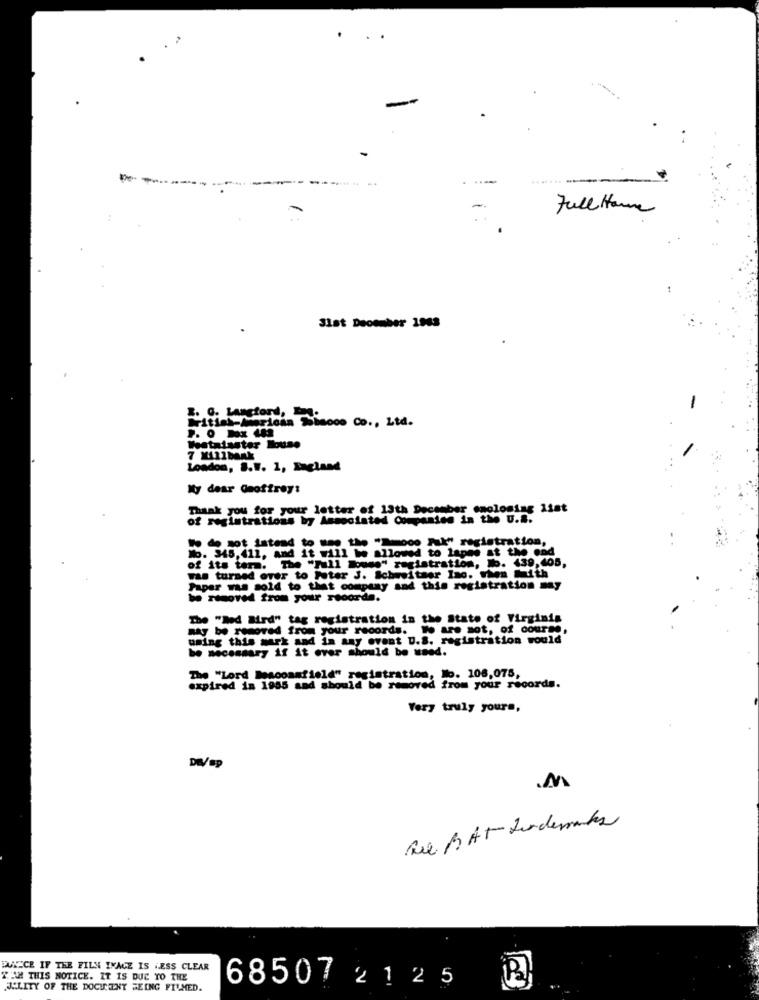
-
Full House
3lat December 1943
E. G. LANstory: 1000 Co ., Ltd.
Westminster House
London, S.W. 1, England
My dear Qnottrey:
Thank you for your letter of 13th December onolosing 13st
of registrations by Associated Companies in the U.a.
Io de sot istand to une the "Mode muk" registration,
Mo. 345, 411, and it will be allowed to lapes at the end
of its term. The "Full House" registration, bo. 439,405,
was turned over to Poter J. Schweitser Ino. when Mith
Paper was sold to that company and this registration muy
be removed from your records.
The "hod Mrd" tag registration in the State of Virginia
may be removed from your records. We are sot, of course,
using this work and in any event U.S. registration would
be necessary if it over should be used.
The "Lord Beaconsfield" registration, No. 108,075,
expired in 1985 and should be removed from your records.
Very truly yours,
M
Rue BAT Lindemanles
DUNECE IF THE FILN IMAGE IS LESS CLEAR
TIM THIS NOTICE. IT IS DUE TO THE
68507 21 2 5
JULITY OF THE DOCH EHY BEING FILMED.